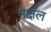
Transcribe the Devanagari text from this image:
नक्षल